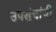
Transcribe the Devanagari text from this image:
उपसंचांची